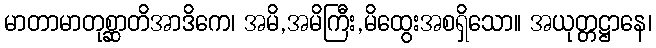
မာတာမာတုစ္ဆာတိအာဒိကေ၊ အမိ,အမိကြီး,မိထွေးအစရှိသော။ အယုတ္တဋ္ဌာနေ၊